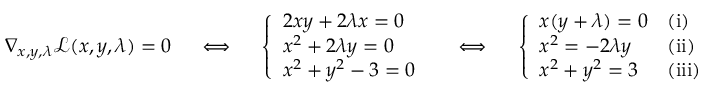
\nabla _ { x , y , \lambda } { \mathcal { L } } ( x , y , \lambda ) = 0 \quad \iff \quad { \left\{ \begin{array} { l l } { 2 x y + 2 \lambda x = 0 } \\ { x ^ { 2 } + 2 \lambda y = 0 } \\ { x ^ { 2 } + y ^ { 2 } - 3 = 0 } \end{array} \right. } \quad \iff \quad { \left\{ \begin{array} { l l } { x ( y + \lambda ) = 0 } & { { \mathrm { ( i ) } } } \\ { x ^ { 2 } = - 2 \lambda y } & { { \mathrm { ( i i ) } } } \\ { x ^ { 2 } + y ^ { 2 } = 3 } & { { \mathrm { ( i i i ) } } } \end{array} \right. }